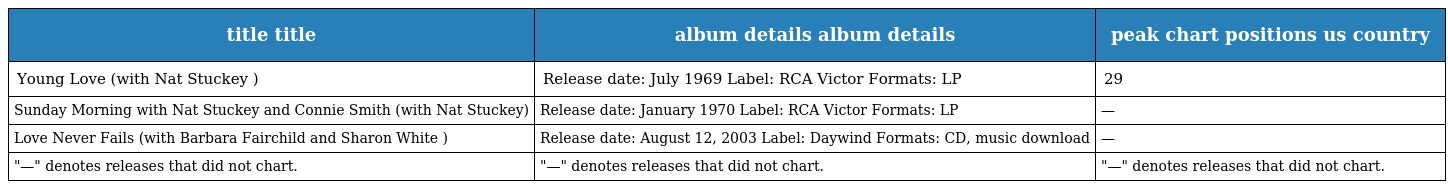
| title title | album details album details | peak chart positions us country |
 | --- | --- | --- |
 | Young Love (with Nat Stuckey ) | Release date: July 1969 Label: RCA Victor Formats: LP | 29 |
 | Sunday Morning with Nat Stuckey and Connie Smith (with Nat Stuckey) | Release date: January 1970 Label: RCA Victor Formats: LP | — |
 | Love Never Fails (with Barbara Fairchild and Sharon White ) | Release date: August 12, 2003 Label: Daywind Formats: CD, music download | — |
 | "—" denotes releases that did not chart. | "—" denotes releases that did not chart. | "—" denotes releases that did not chart. |